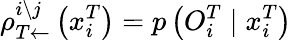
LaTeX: \rho_{T\leftarrow}^{i\setminus j}\left(x_{i}^{T}\right)=p\left({O}_{i}^{T}\mid x_{i}^{T}\right)